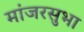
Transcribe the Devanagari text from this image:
मांजरसुभा